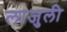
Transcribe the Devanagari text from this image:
लाजुली